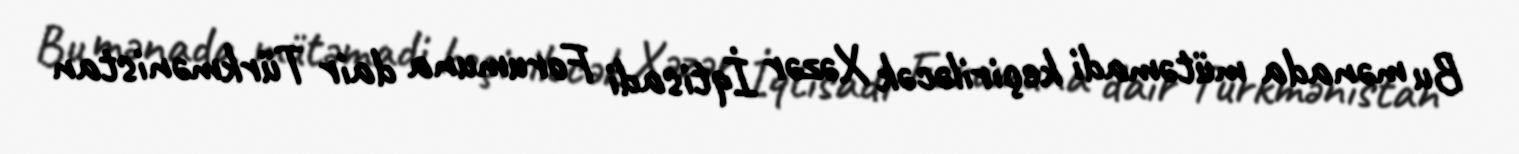
Bu mənada mütəmadi keçiriləcək Xəzər İqtisadi Forumuna dair Türkmənistan